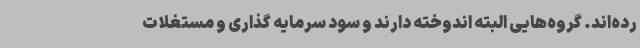
رده‌اند. گروه‌هایی البته اندوخته دارند و سود سرمایه گذاری و مستغلات